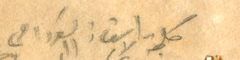
كلمة الاستاذ السَودا في